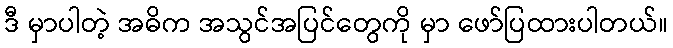
ဒီ မှာပါတဲ့ အဓိက အသွင်အပြင်တွေကို မှာ ဖော်ပြထားပါတယ်။